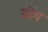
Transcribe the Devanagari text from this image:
ग्रोंग